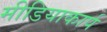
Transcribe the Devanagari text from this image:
मीडियाकार्प